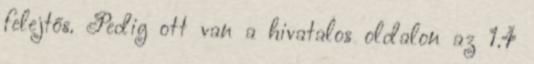
felejtős. Pedig ott van a hivatalos oldalon az 1.4